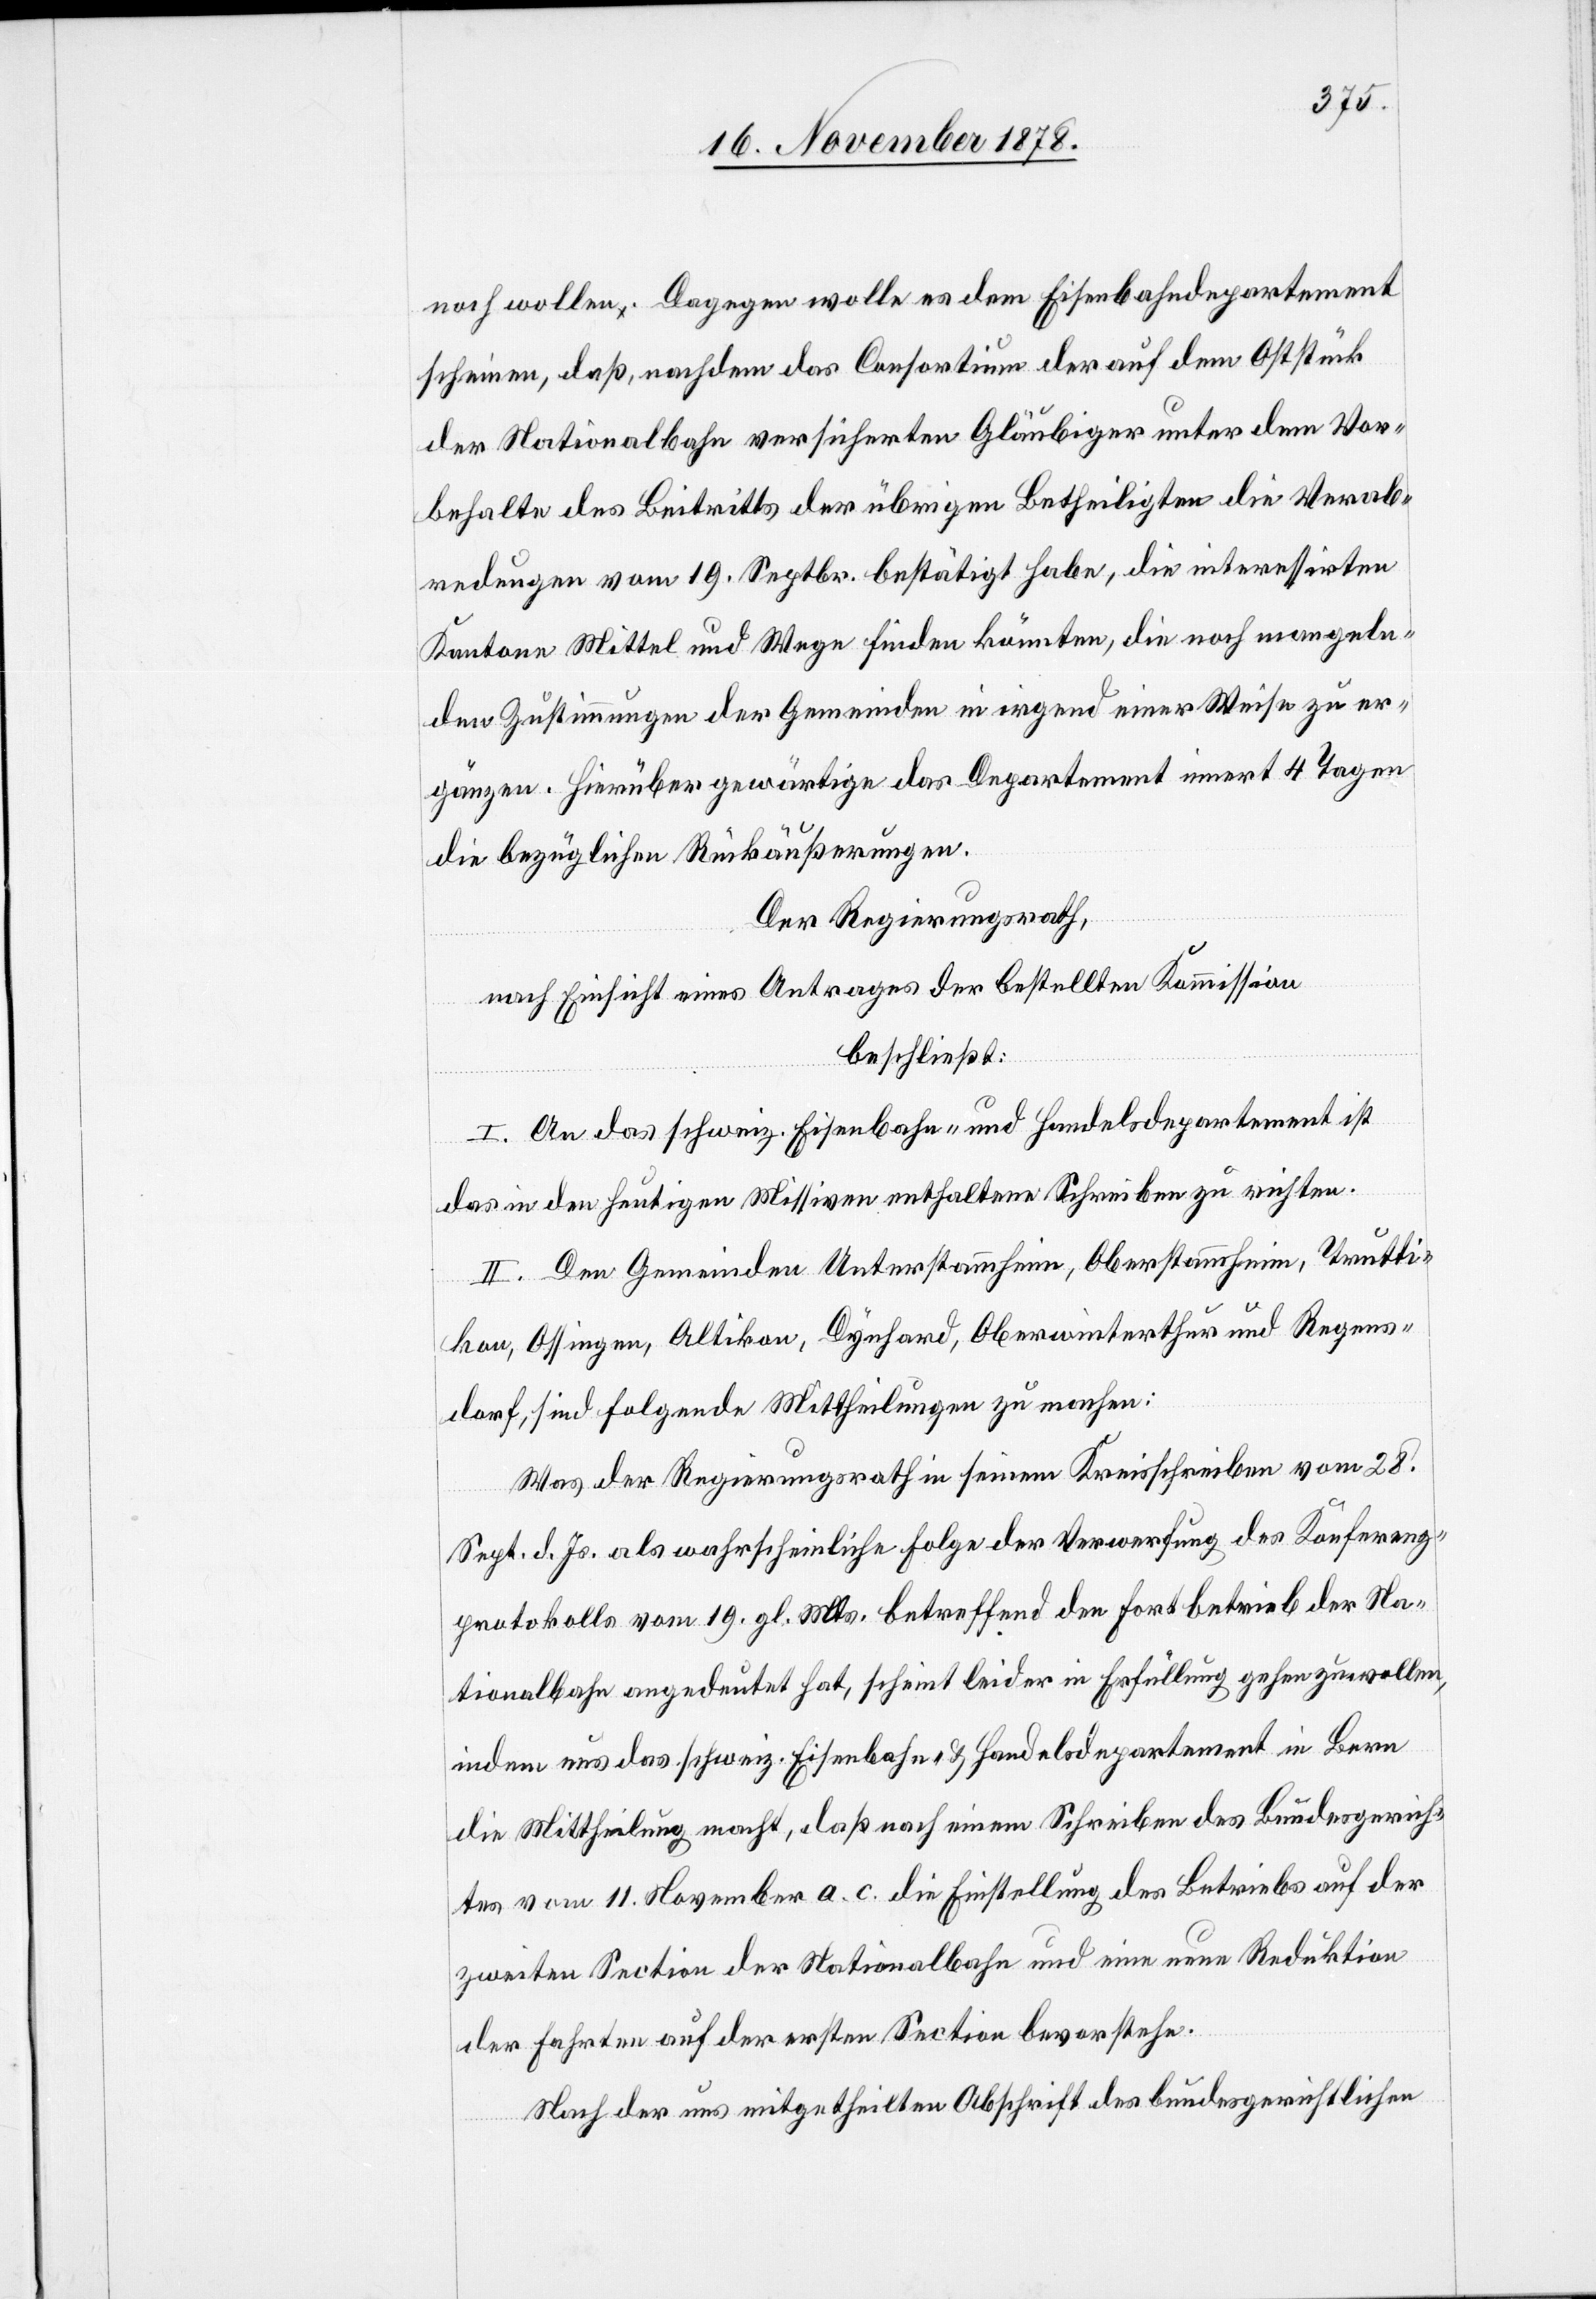
noch wollen. Dagegen wolle es dem Eisenbahndepartement
scheinen, daß, nachdem das Consortium der auf dem Oststück
der Nationalbahn versicherten Gläubiger unter dem Vor¬
behalte des Beitritts der übrigen Betheiligten die Verab¬
redungen vom 19. Septbr. bestätigt habe, die interessirten
Kantone Mittel und Wege finden könnten, die noch mangeln¬
den Zustimmungen der Gemeinden in irgend einer Weise zu er¬
gänzen. Hierüber gewärtige das Departement innert 4 Tagen
die bezüglichen Rückäußerungen.
Der Regierungsrath,
nach Einsicht eines Antrages der bestellten Kommission
beschließt:
I. An das schweiz. Eisenbahn- und Handelsdepartement ist
das in den heutigen Missiven enthaltene Schreiben zu richten.
II. Den Gemeinden Unterstammheim, Oberstammheim, Trutti¬
kon, Ossingen, Altikon, Dynhard, Oberwinterthur und Regens¬
dorf, sind folgende Mittheilungen zu machen:
Was der Regierungsrath in seinem Kreisschreiben vom 28.
Sept. d. Js. als wahrscheinliche Folge der Verwerfung des Konferenz¬
protokolls vom 19. gl. Mts. betreffend den Fortbetrieb der Na¬
tionalbahn angedeutet hat, scheint leider in Erfüllung gehen zu wollen,
indem uns das schweiz. Eisenbahn- & Handelsdepartement in Bern
die Mittheilung macht, daß nach einem Schreiben des Bundesgerich¬
tes vom 11. November a. c. die Einstellung des Betriebes auf der
zweiten Section der Nationalbahn und eine neue Reduktion
der Fahrten auf der ersten Section bevorstehe.
Nach der uns mitgetheilten Abschrift des bundesgerichtlichen